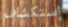
إستكشاف